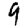
Digit: 9